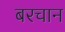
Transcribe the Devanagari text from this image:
बरचान